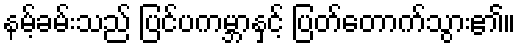
နမ့်ခမ်းသည် ပြင်ပကမ္ဘာနှင့် ပြတ်တောက်သွား၏။